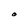
Character: O